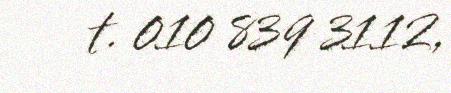
t. 010 839 3112,